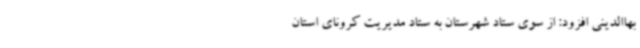
بهاالدینی افزود: از سوی ستاد شهرستان به ستاد مدیریت کرونای استان